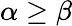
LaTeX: \alpha\geq\beta